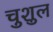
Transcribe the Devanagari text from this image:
चुशुल